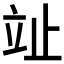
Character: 𣥢